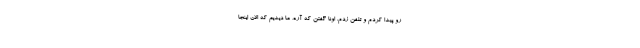
رو پيدا كردم و تلفن زدم. اونا گفتن كه آره، ما ديديم كه الان اينجا